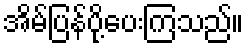
အိမ်ပြန်ပို့ပေးကြသည်။